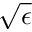
\sqrt { \epsilon }